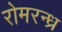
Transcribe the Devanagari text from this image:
रोमरन्ध्र